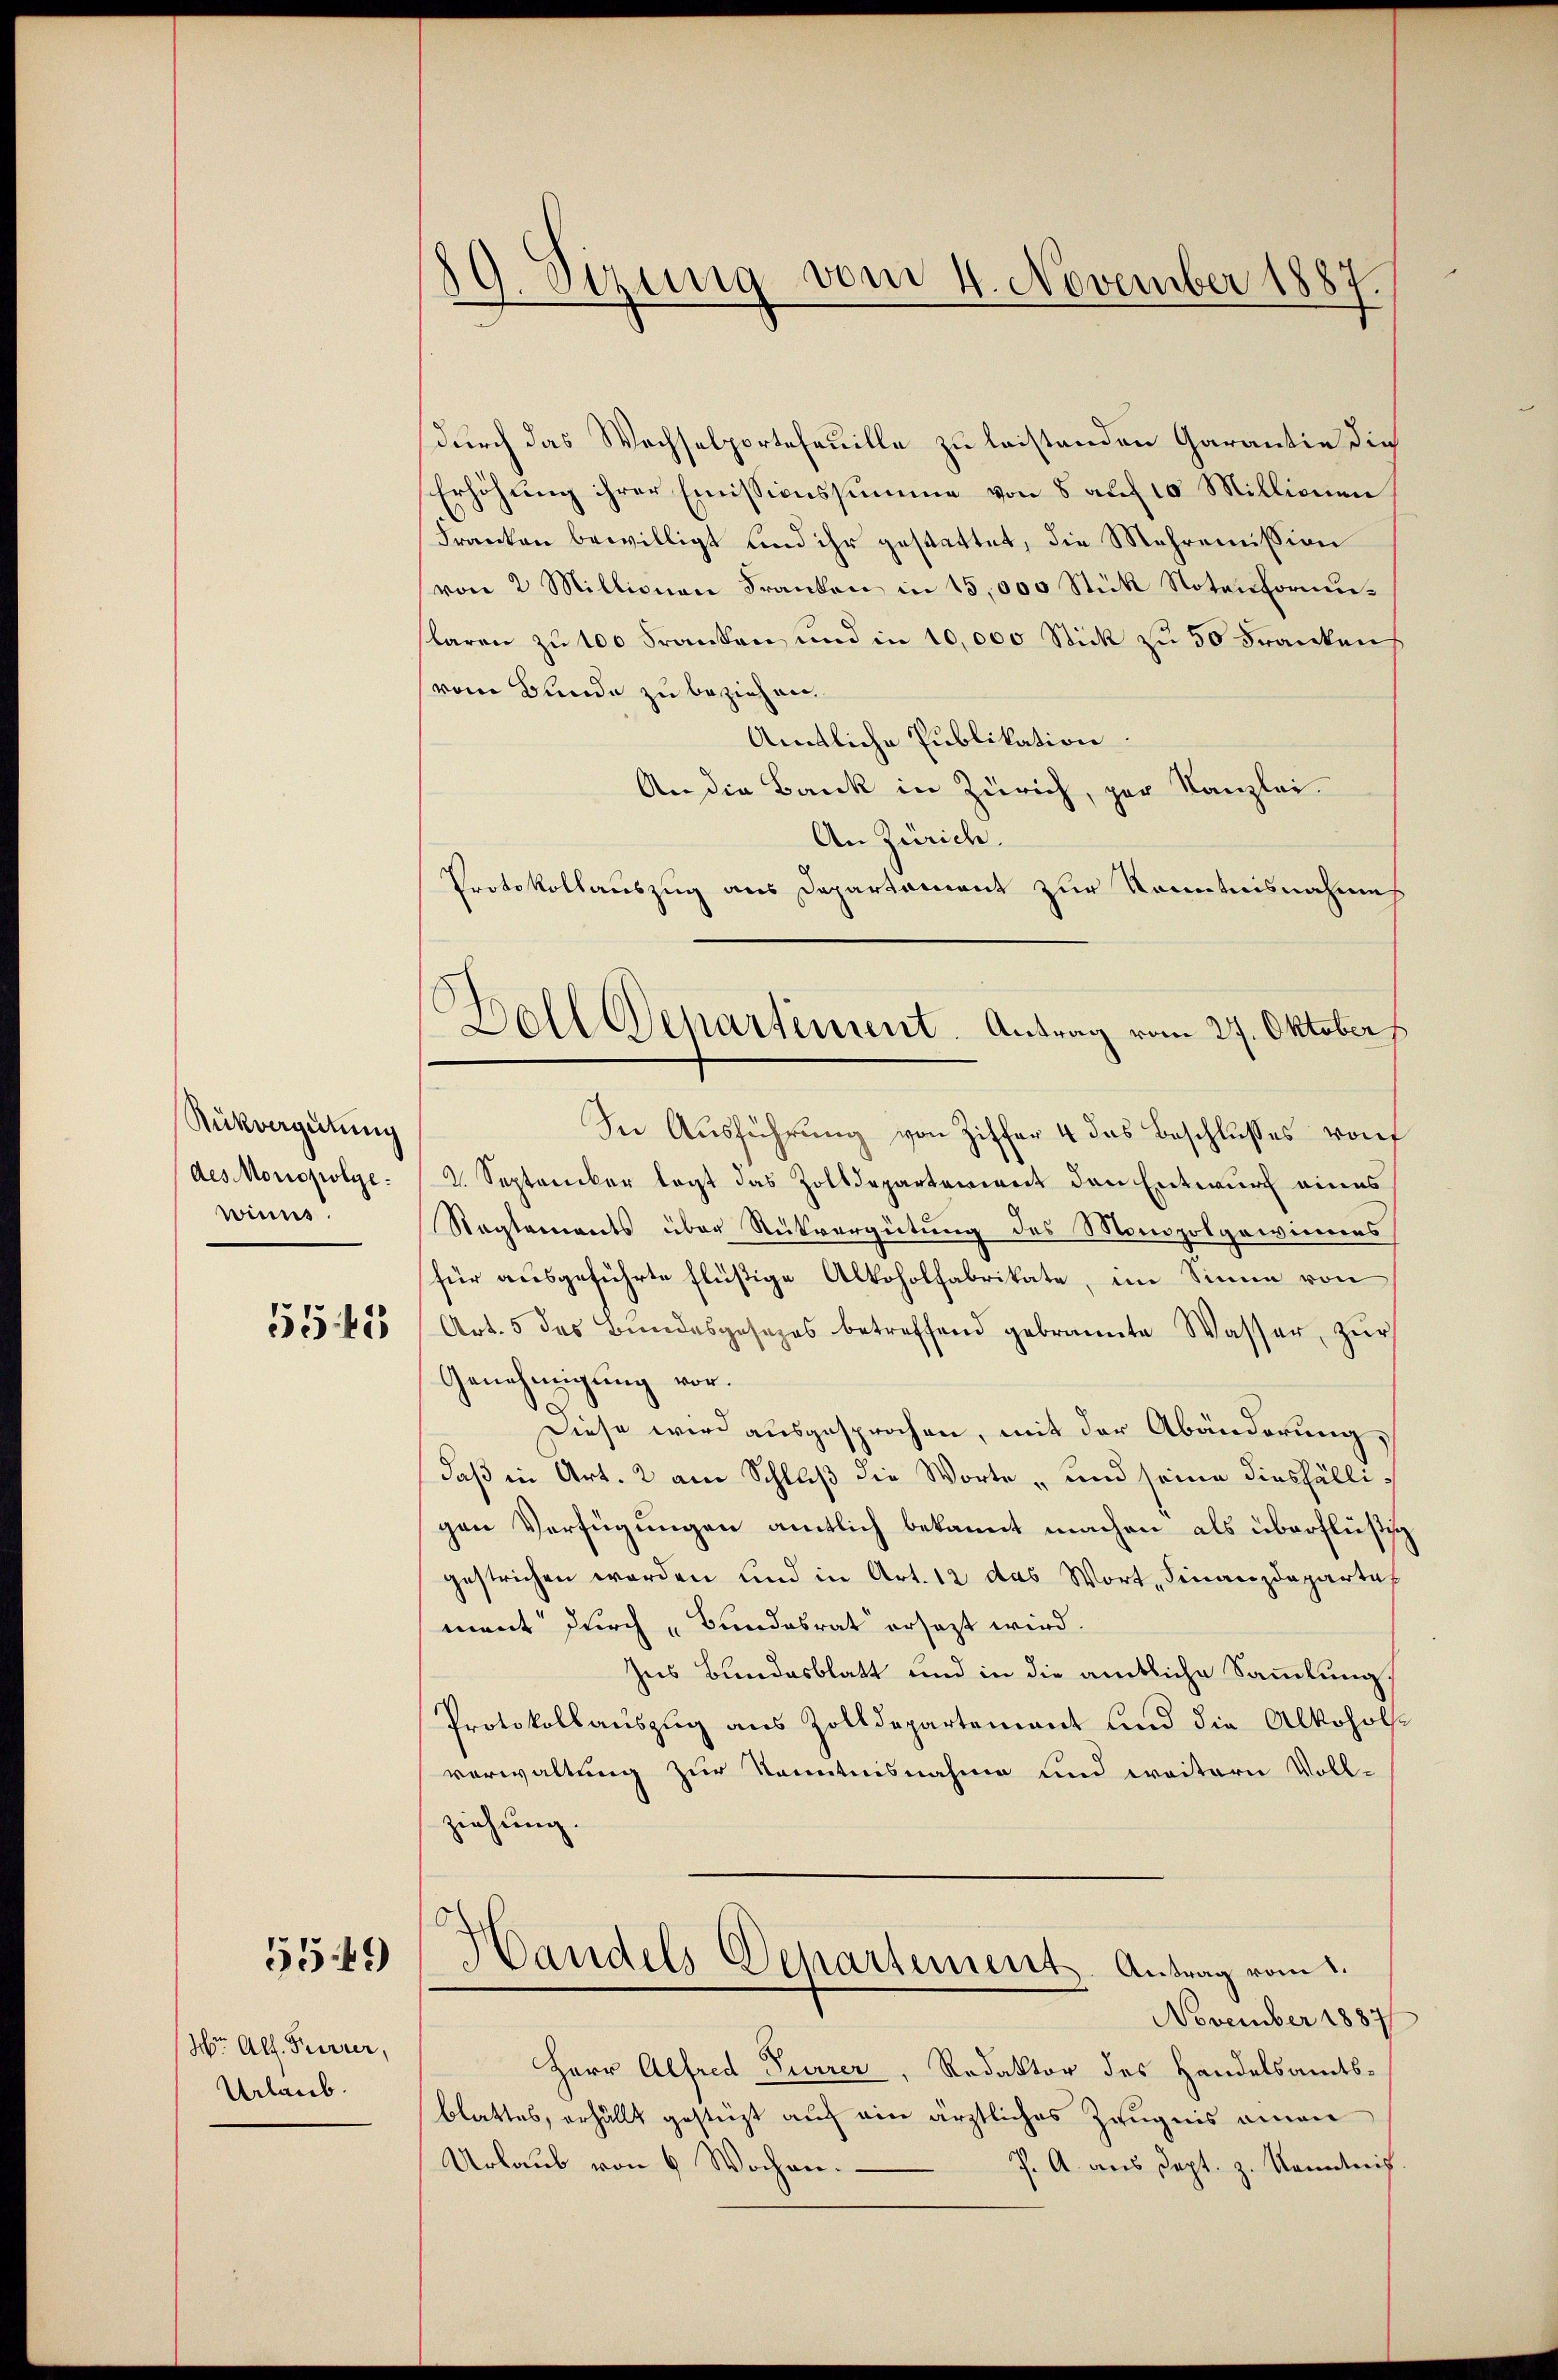
Rükvergütung
des Moricolge.
winns.

5545

5549)

Wr. Als Furrer,
Urlaub.

89 Sirung vom 4. November 1887

Boll Departement. Antrag vom 27. Oktober

durch das Wechselportefeuille zu leistenden Garantie die
Erhöhung ihrer Emissionssumme von 5 auf 10 Millionen
Franken bewilligt und ihr gestattet, die Mehremission
von 2 Millionen Franken in 15,000 Stük Notenformularen zu 100 Franken und in 10,000 Stick zu 50 Franken
vom Bunde zu beziehen.
Amtliche Publikation.
An die Bank in Zürich, per Kanzlei.
An Zürich.
Protokollauszug aus Departement zur Kenntnisnahme
In Ausführung von Ziffer 4 das Beschlußes vorf
3 Septrecker tagt das Zolldepartement den Entwurf eines
Nagtaments über Rückvergütung des Monopolgewinnes
für ausgeführte flüßige Alkoholfabrikate, im Sinne von
Art. 5 des Bundesgesezes betreffend gebrannte Wasser zŭr
Genehmigung vor.
Diese wird ausgesprochen, mit der Abänderung,
daß in Art. 2 am Schluß die Worte „und seine diesfälligen Verfügungen amtlich bekannt machen als überflüßig
gestrichen worden und in Art. 12 das Wort Finanzdepartal
ment durch „Bundesrat ersezt wird.
Zus Bundesblatt und in die amtliche Sammlung,
Protokollauszug aus Zolldepartement und die Alkoholverwaltung zur Kenntnisnahme und weitern Vollziehung.
Handels Departement. Antrag vom 1.
November 1887
Herr Alfred Furrer, Redaktor des Handelsamts-
blattes, erhällt gestüzt auf ein ärztliches Zeugnis amen
Urlaub von 6 Wochen.
J. A. aus Sept. z. Kenntnis